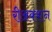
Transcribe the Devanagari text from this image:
रीअक्शन